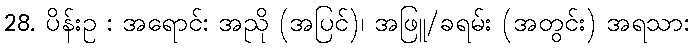
28. ပိန်းဥ : အရောင်: အညို (အပြင်)၊ အဖြူ/ခရမ်း (အတွင်း) အရသာ: